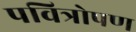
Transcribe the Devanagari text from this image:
पवित्रोपण